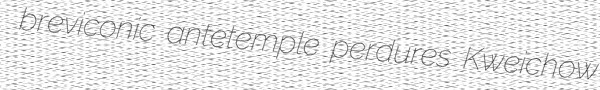
breviconic antetemple perdures Kweichow